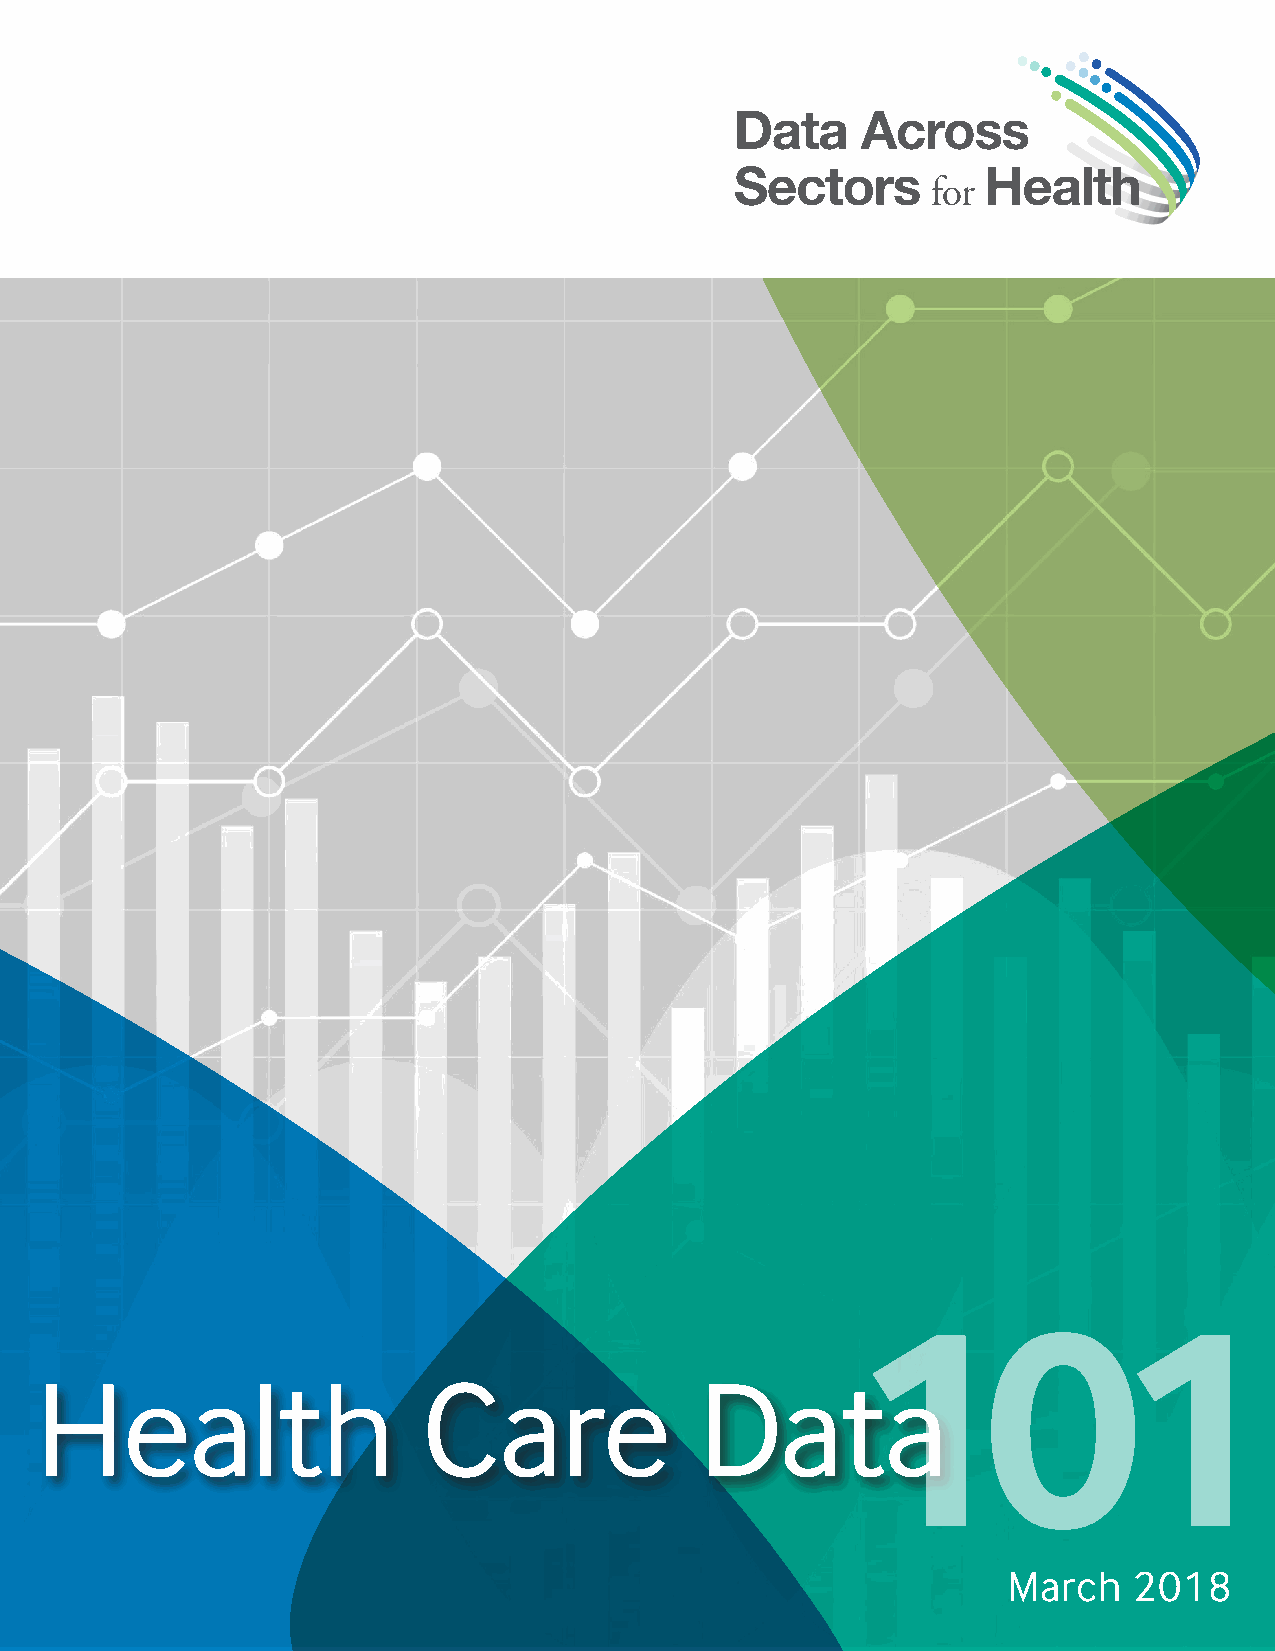
101
 Health                    Care              Data
 March   2018